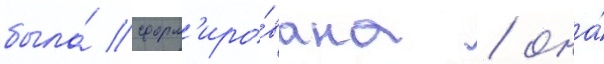
была́ сформ'иро́вана / она́